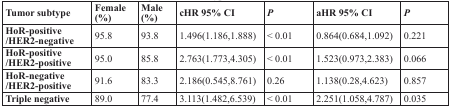
<table><thead><tr><td><b>Tumor subtype</b></td><td><b>Female (%)</b></td><td><b>Male (%)</b></td><td><b>cHR 95% CI</b></td><td><b><i>P</i></b></td><td><b>aHR 95% CI</b></td><td><b><i>P</i></b></td></tr></thead><tbody><tr><td><b>HoR-positive/HER2-negative</b></td><td>95.8</td><td>93.8</td><td>1.496(1.186,1.888)</td><td>&lt; 0.01</td><td>0.864(0.684,1.092)</td><td>0.221</td></tr><tr><td><b>HoR-positive/HER2-positive</b></td><td>95.0</td><td>85.8</td><td>2.763(1.773,4.305)</td><td>&lt; 0.01</td><td>1.523(0.973,2.383)</td><td>0.066</td></tr><tr><td><b>HoR-negative/HER2-positive</b></td><td>91.6</td><td>83.3</td><td>2.186(0.545,8.761)</td><td>0.26</td><td>1.138(0.28,4.623)</td><td>0.857</td></tr><tr><td><b>Triple negative</b></td><td>89.0</td><td>77.4</td><td>3.113(1.482,6.539)</td><td>&lt; 0.01</td><td>2.251(1.058,4.787)</td><td>0.035</td></tr></tbody></table>